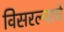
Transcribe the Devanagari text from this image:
विसरल्याचे